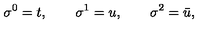
\sigma ^ { 0 } = t , \qquad \sigma ^ { 1 } = u , \qquad \sigma ^ { 2 } = \bar { u } ,